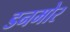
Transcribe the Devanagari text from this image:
डनमोर